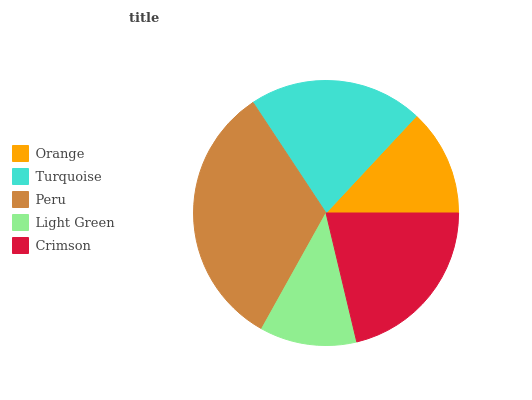
| Orange | Turquoise | Peru | Light Green | Crimson |
 | --- | --- | --- | --- | --- |
 | 13.1% | 21.2% | 32.6% | 11.8% | 21.3% |